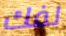
لفك